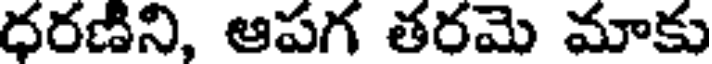
ధరణిని, ఆపగ తరమె మాకు